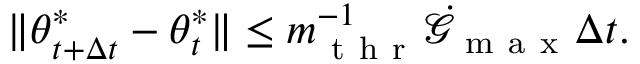
\| { \boldsymbol { \theta } } _ { t + \Delta t } ^ { * } - { \boldsymbol { \theta } } _ { t } ^ { * } \| \leq m _ { \mathrm { ~ t ~ h ~ r ~ } } ^ { - 1 } \dot { \mathcal { G } } _ { \mathrm { ~ m ~ a ~ x ~ } } \Delta t .